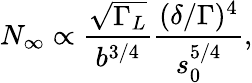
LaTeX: N_{\infty}\propto\frac{\sqrt{\Gamma_{L}}}{b^{3/4}}\frac{(\delta/\Gamma)^{4}}{s_{0}^{5/4}},